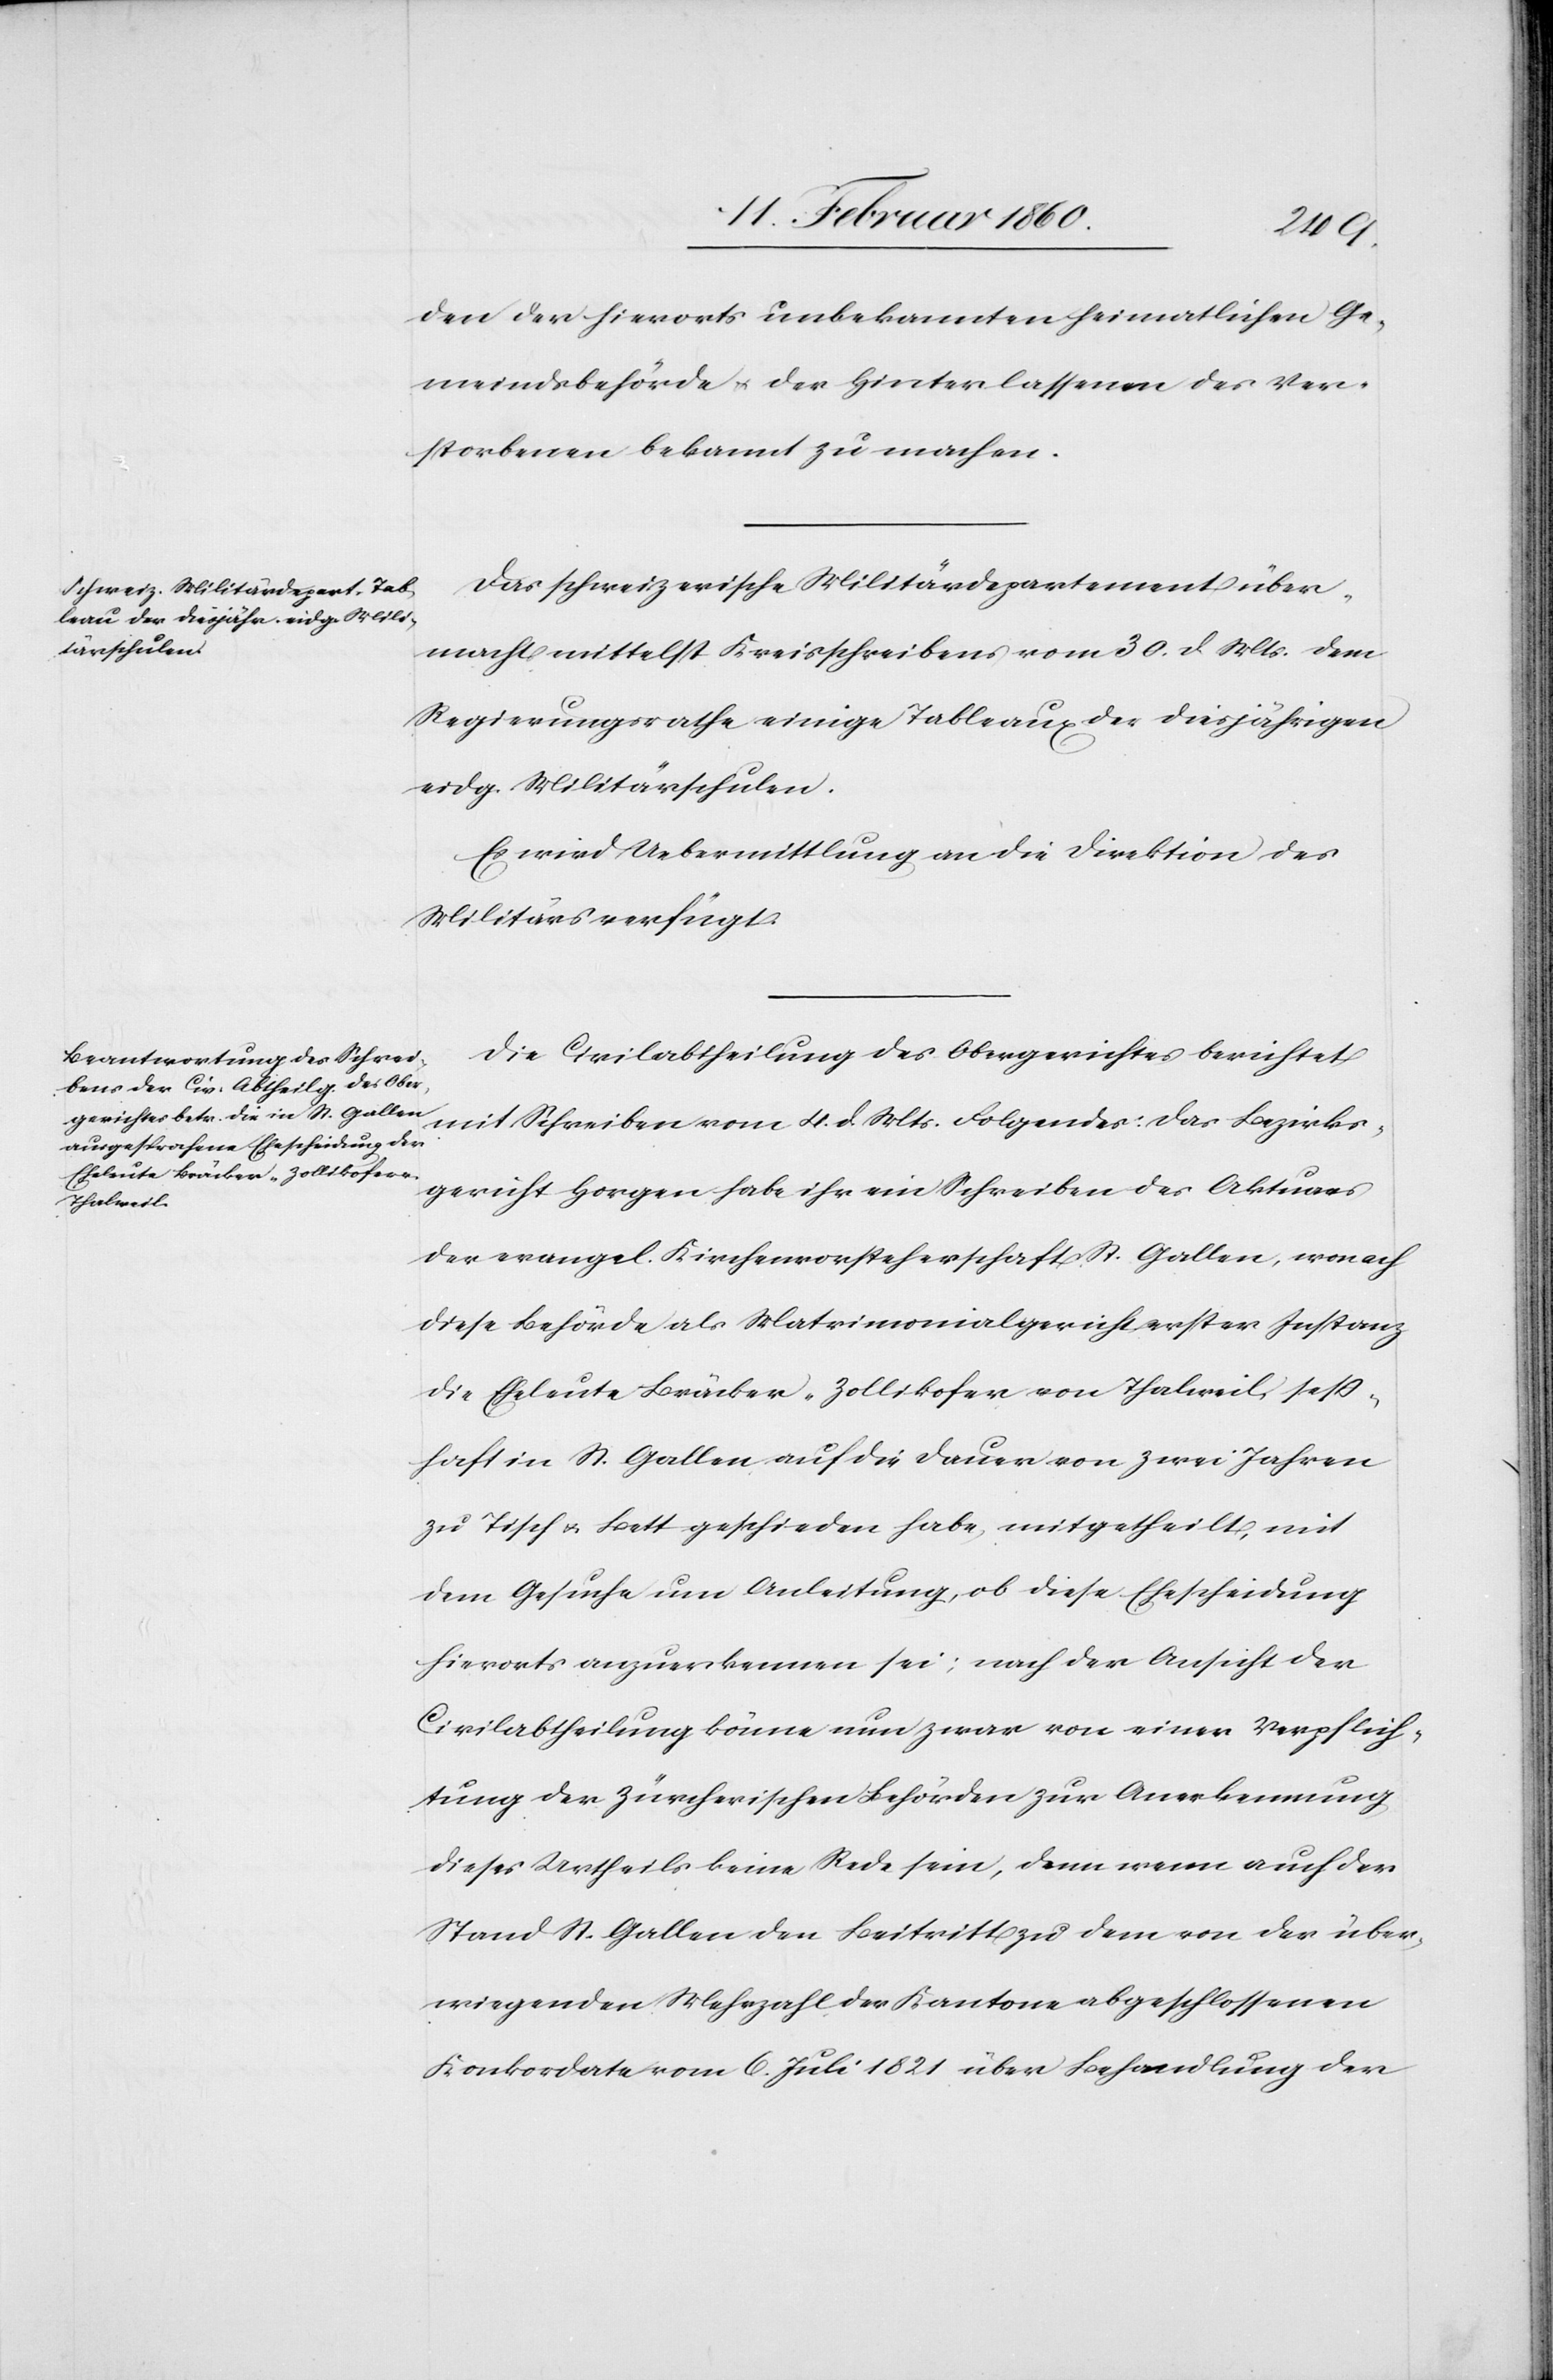
den der hierorts unbekannten heimatlichen Ge¬
meindsbehörde u. der Hinterlassenen des Ver¬
storbenen bekannt zu machen.
schweiz. Militärdepartement über¬
macht mittelst Kreisschreiben vom 30. d. Mts. [sic!]
Regierungsrathe einige Tableaux der diesjährigen
eidg. Militärschulen.
Es wird Uebermittlung an die Direktion des
Militärs verfügt.
Die Civilabtheilung des Obergerichtes berichtet
Folgendes: Das Bezirks¬
gericht Horgen habe ihr ein Schreiben des Aktuar
der evangel. Kirchenvorsteherschaft St. Gallen, wonach
diese Behörde als Matrimonialgericht erster Instanz
die Eheleute Bräcker-Zollikofer von Thalweil, seß¬
haft in St. Gallen, auf die Dauer von zwei Jahren
zu Tisch u. Bett geschieden habe, mitgetheilt, mit
dem Gesuche um Anleitung, ob diese Ehescheidung
hierorts anzuerkennen sei; nach der Ansicht der
Civilabtheilung könne nun zwar von einer Verpflich¬
tung der Zürcherischen Behörden zur Anerkennung
dieses Urtheils keine Rede sein, denn wenn auch der
Stand St. Gallen den Beitritt zu dem von der über¬
wiegenden Mehrzahl der Kantone abgeschlossenen
Konkordate vom 6. Juli 1821 über Behandlung der